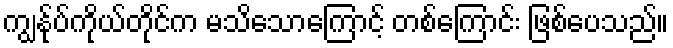
ကျွန်ုပ်ကိုယ်တိုင်က မသိသောကြောင့် တစ်ကြောင်း ဖြစ်ပေသည်။